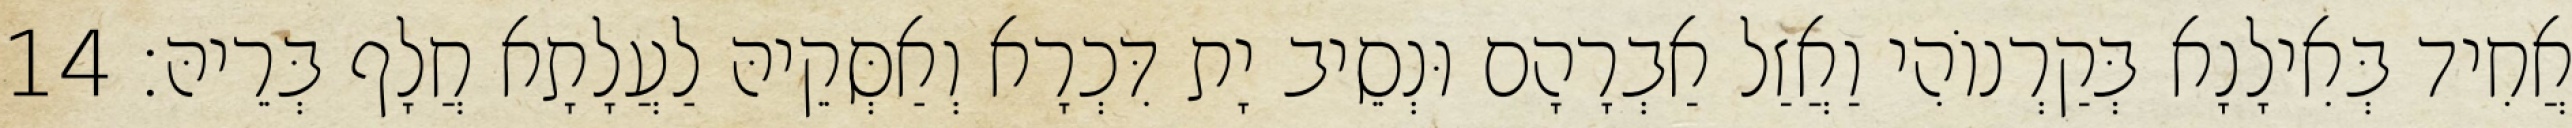
אֲחִיד בְּאִילָנָא בְּקַרְנוֹהִי וַאֲזַל אַבְרָהָם וּנְסֵיב יָת דִּכְרָא וְאַסְּקֵיהּ לַעֲלָתָא חֲלָף בְּרֵיהּ׃ 14